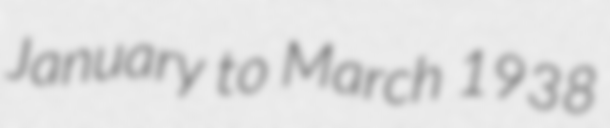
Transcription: January to March 1938